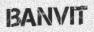
BANVIT